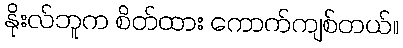
နိုးလ်ဘူက စိတ်ထား ကောက်ကျစ်တယ်။